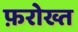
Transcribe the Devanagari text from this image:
फ़रोख्त